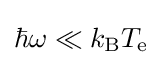
\hbar \omega \ll k_{\text{B}}T_{\text{e}}